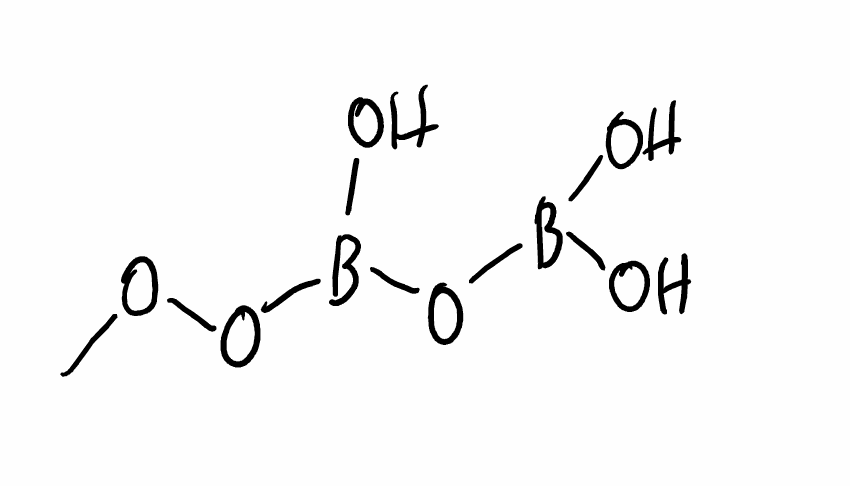
Simplified molecular-input line-entry system (SMILES) notation of the given molecule:
B(O)(O)OB(O)OOC